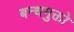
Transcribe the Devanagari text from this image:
बन्धमुक्तो